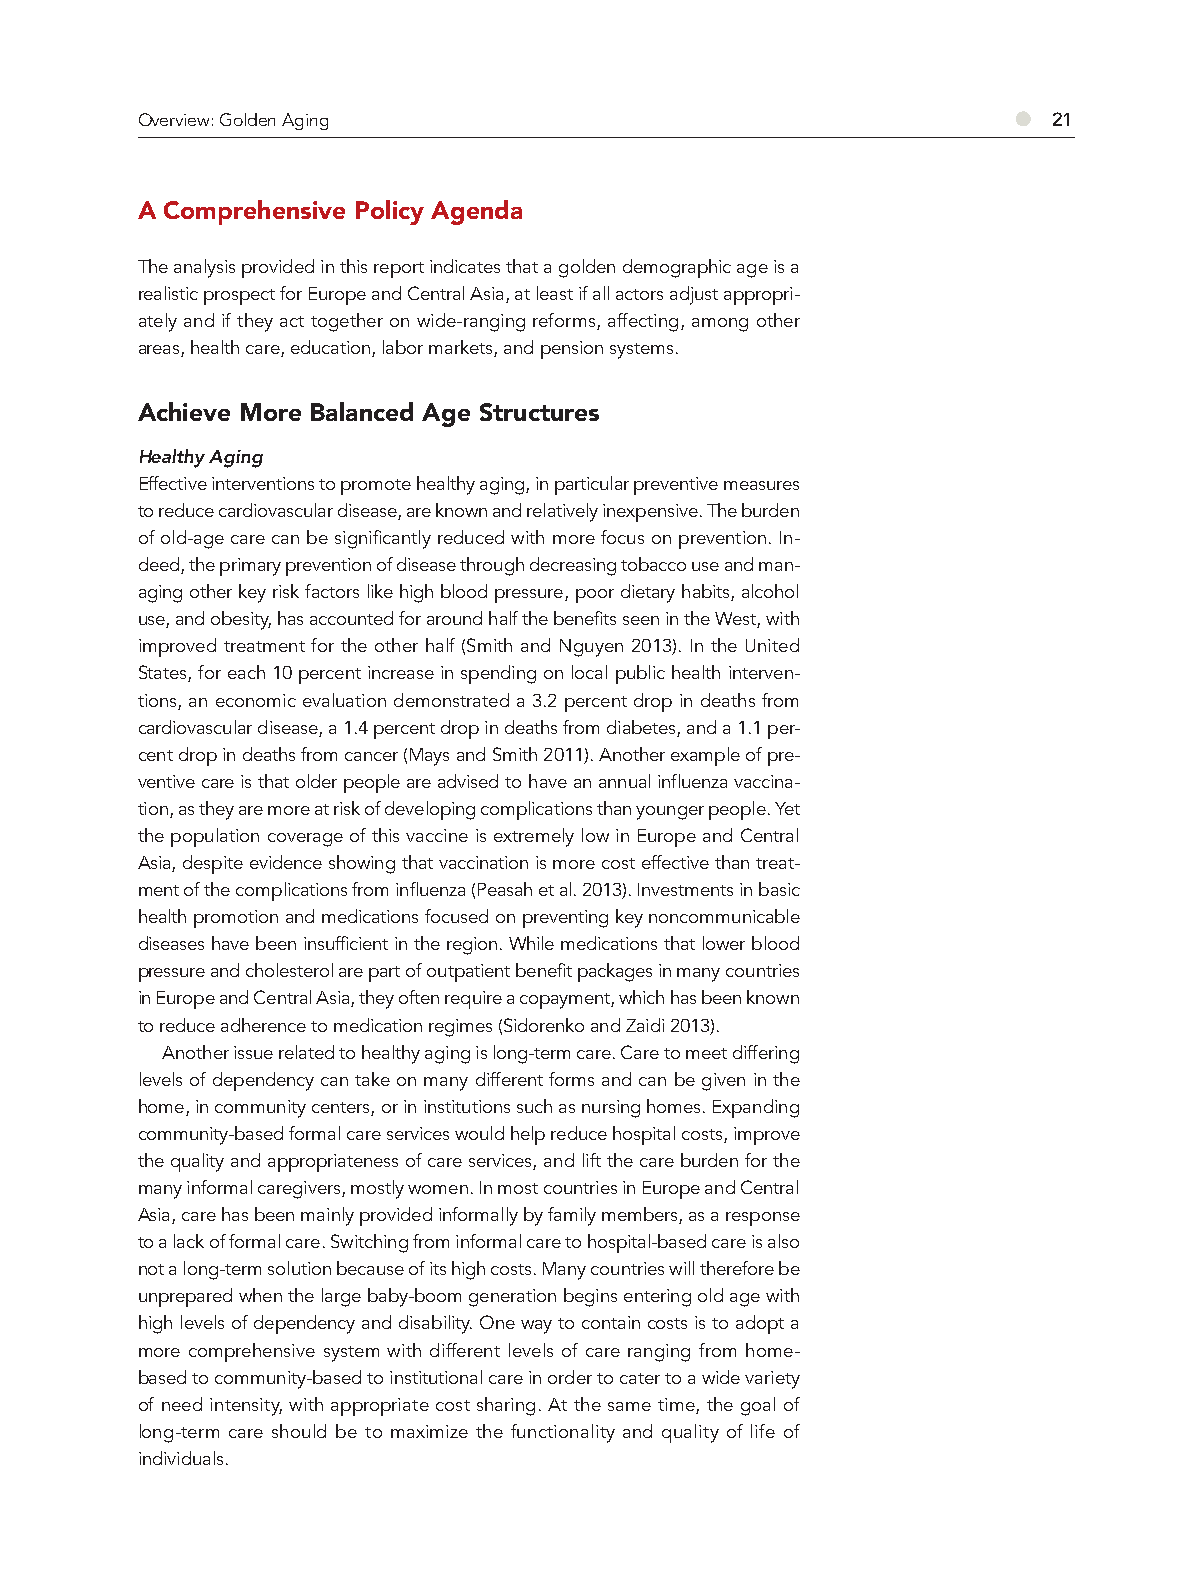
Overview: Golden Aging                                    ●  21
 A Comprehensive Policy Agenda
 The analysis provided in this report indicates that a golden demographic age is a
 realistic prospect for Europe and Central Asia, at least if all actors adjust appropri-
 ately and if they act together on wide-ranging reforms, affecting, among other
 areas, health care, education, labor markets, and pension systems.
 Achieve More Balanced Age Structures
 Healthy Aging
 Effective interventions to promote healthy aging, in particular preventive measures
 to reduce cardiovascular disease, are known and relatively inexpensive. The burden
 of old-age care can be significantly reduced with more focus on prevention. In-
 deed, the primary prevention of disease through decreasing tobacco use and man-
 aging other key risk factors like high blood pressure, poor dietary habits, alcohol
 use, and obesity, has accounted for around half the benefits seen in the West, with
 improved treatment for the other half (Smith and Nguyen 2013). In the United
 States, for each 10 percent increase in spending on local public health interven-
 tions, an economic evaluation demonstrated a 3.2 percent drop in deaths from
 cardiovascular disease, a 1.4 percent drop in deaths from diabetes, and a 1.1 per-
 cent drop in deaths from cancer (Mays and Smith 2011). Another example of pre-
 ventive care is that older people are advised to have an annual influenza vaccina-
 tion, as they are more at risk of developing complications than younger people. Yet
 the population coverage of this vaccine is extremely low in Europe and Central
 Asia, despite evidence showing that vaccination is more cost effective than treat-
 ment of the complications from influenza (Peasah et al. 2013). Investments in basic
 health promotion and medications focused on preventing key noncommunicable
 diseases have been insufficient in the region. While medications that lower blood
 pressure and cholesterol are part of outpatient benefit packages in many countries
 in Europe and Central Asia, they often require a copayment, which has been known
 to reduce adherence to medication regimes (Sidorenko and Zaidi 2013).
 Another issue related to healthy aging is long-term care. Care to meet differing
 levels of dependency can take on many different forms and can be given in the
 home, in community centers, or in institutions such as nursing homes. Expanding
 community-based formal care services would help reduce hospital costs, improve
 the quality and appropriateness of care services, and lift the care burden for the
 many informal caregivers, mostly women. In most countries in Europe and Central
 Asia, care has been mainly provided informally by family members, as a response
 to a lack of formal care. Switching from informal care to hospital-based care is also
 not a long-term solution because of its high costs. Many countries will therefore be
 unprepared when the large baby-boom generation begins entering old age with
 high levels of dependency and disability. One way to contain costs is to adopt a
 more comprehensive system with different levels of care ranging from home-
 based to community-based to institutional care in order to cater to a wide variety
 of need intensity, with appropriate cost sharing. At the same time, the goal of
 long-term care should be to maximize the functionality and quality of life of
 individuals.